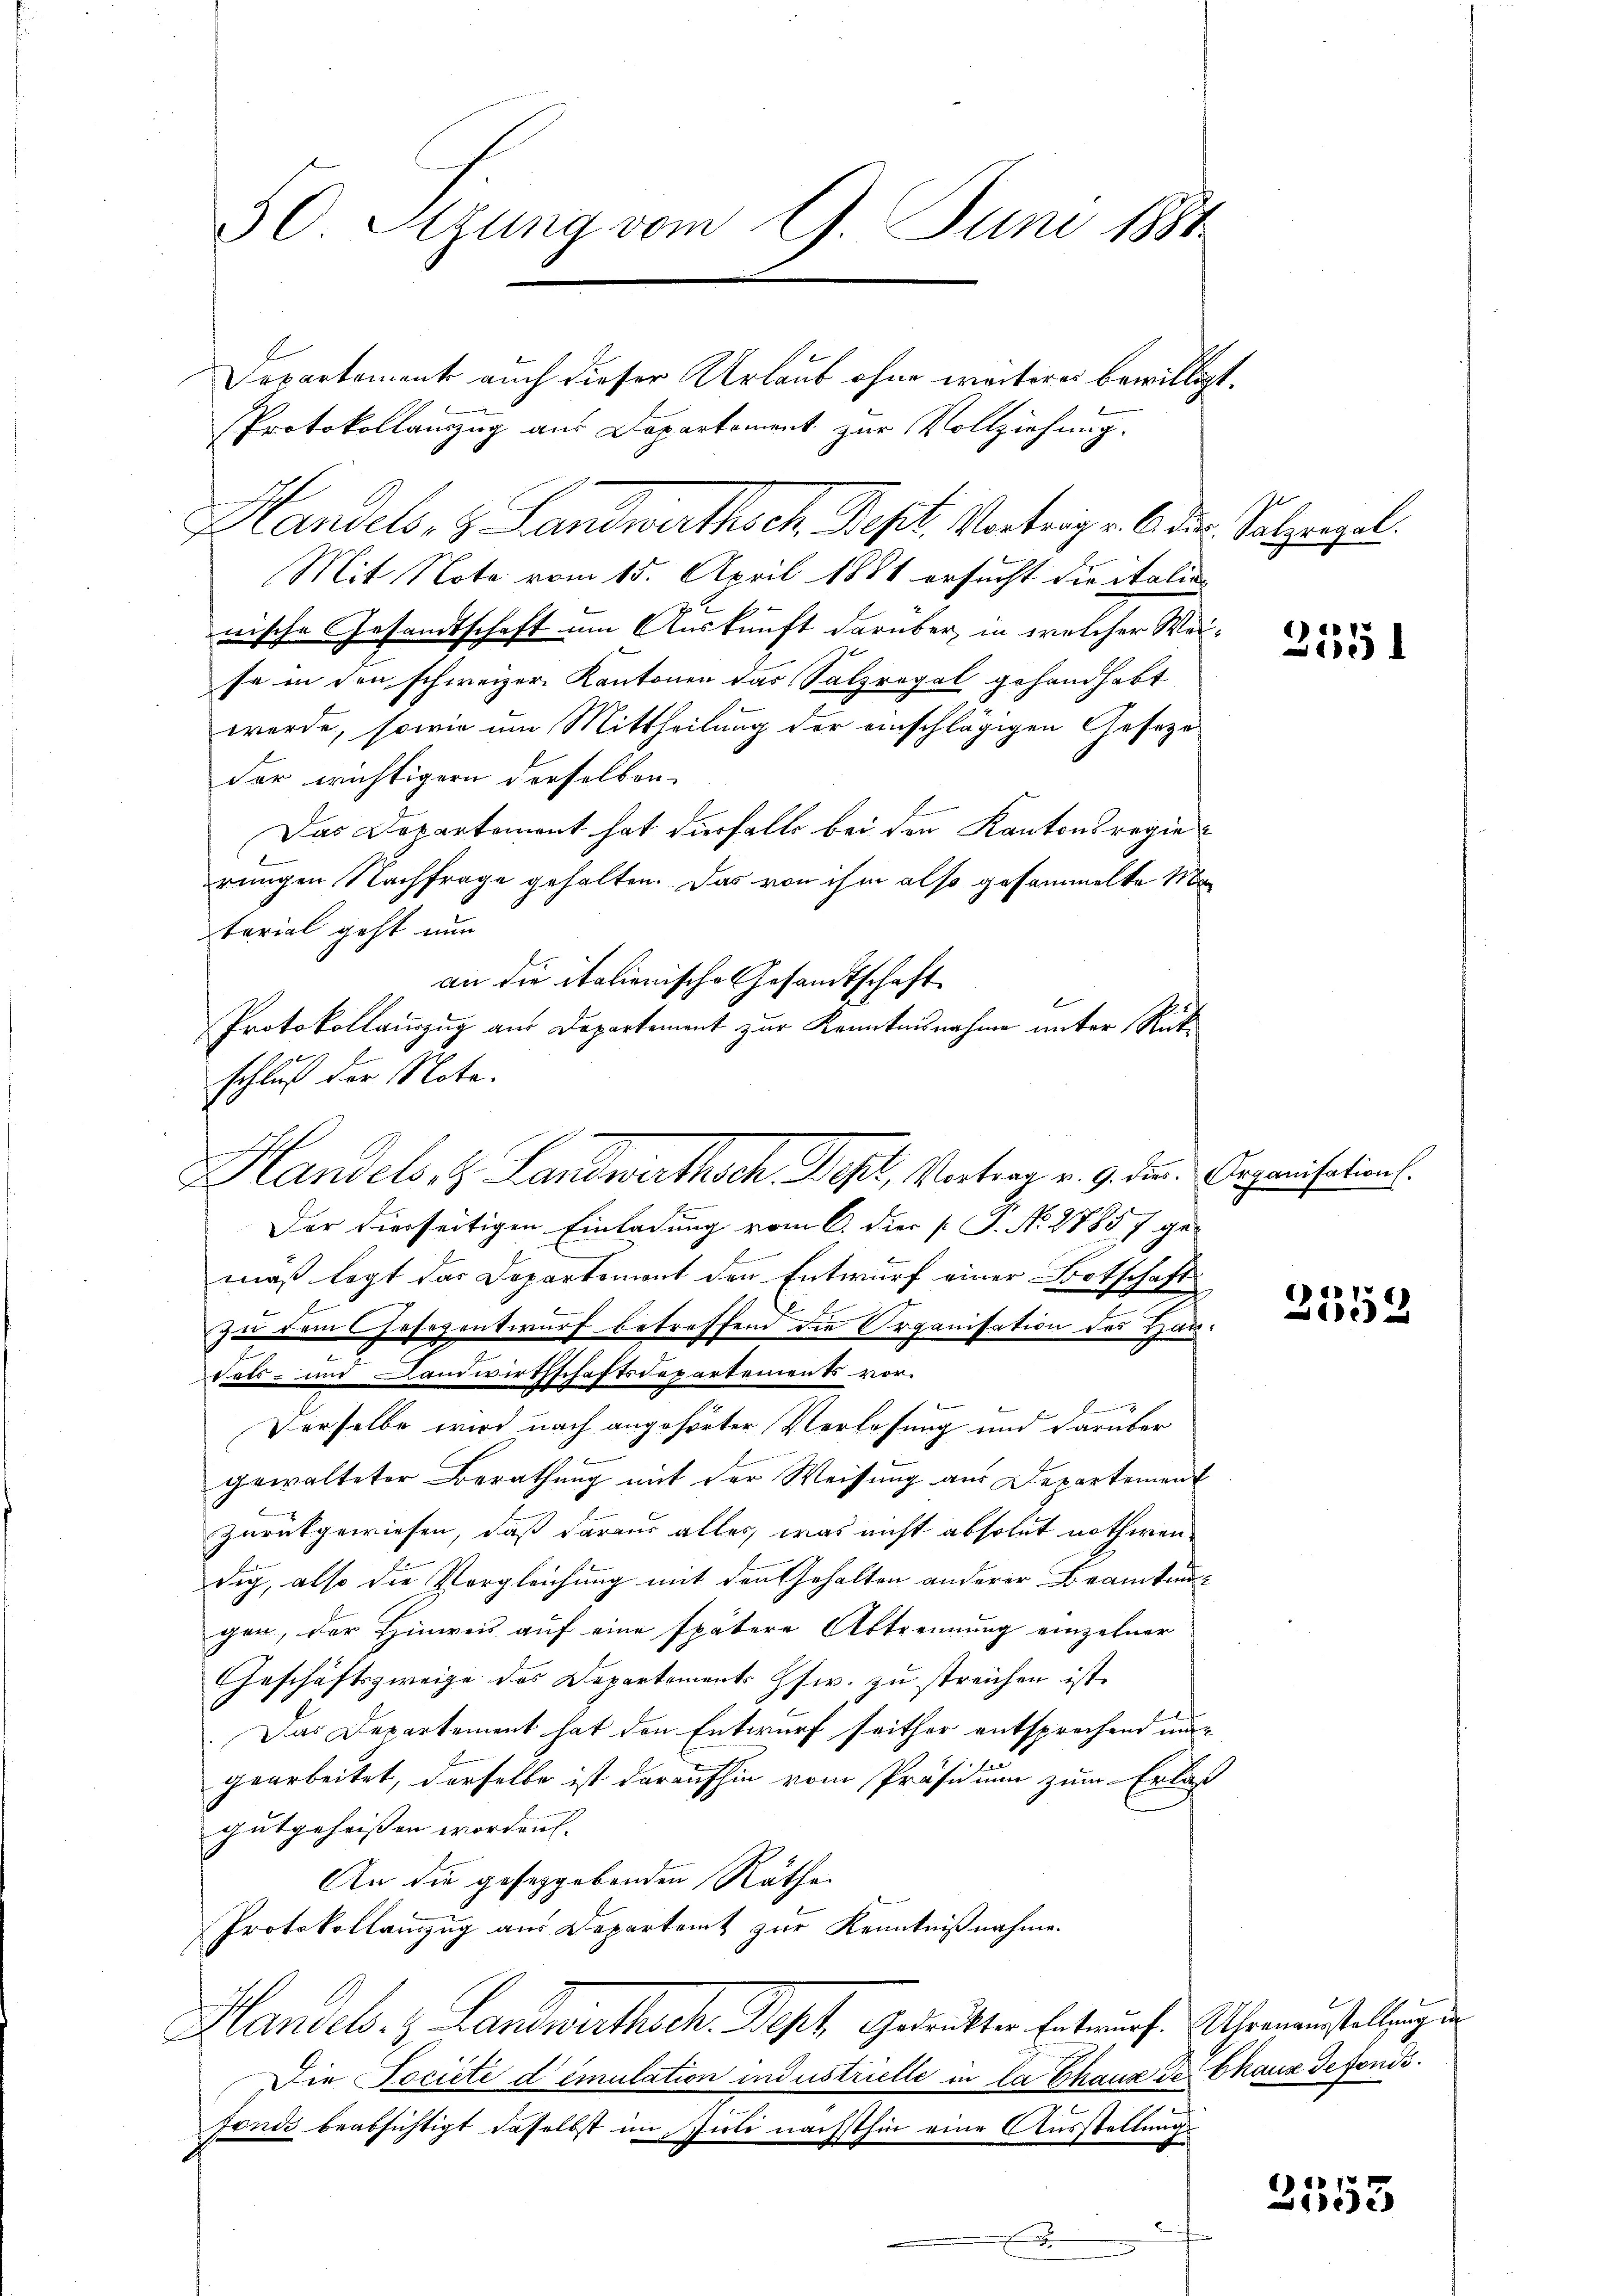
Departement auch dieser Urlaub ohne weiteres bewilligt.
Protokollanzug aus Departement zur Vollziehung.
Handels- & Landwirthsch. Sept. Vortrage der Salzengel.
Mit Note vom 15. April 1881 ersucht die italie
22
nische Gesandtschaft um Auskunft darüber, in welcher Weife in den schweizer Kantonen das Salzregal gehandhabt
werde, sowie um Mittheilung der einschlägigen Geseze
der wichtigern derselben
Das Departement hat diesfalls bei den Kantonsregierungen Nachfrage gehalten. Das von ihm also gesammelte Material geht nun
an die italienische Gesandtschaft
Protokollauszug aus Departement zur Kenntnisnahme unter Rück¬
Der hierseitigen Einladung vom 6. die P. Nr. 2785 7 ge-
mäß legt das Departemont den Entwurf einer Botschaft
zu dem Gesezentwurf betreffend die Organisation des Hauvals- und Landwirthschaftsdepartements vorf
Derselbe wird nach angehörter Verlesung und darüber
k
gewalteter Berathung mit der Weisung aus Departement
zurükgewiesen, daß daraus alles, was nicht absolut nothwendig, also die Vergleichung mit den Gehalten anderer Beamtungen, der Hinweis auf eine spätere Abtrennung einzelner
Geschäftszweige des Departement Hsw. zu streichen ist.
Das Departement hat den Entwurf seither entsprechend nur
gearbeitet, derselbe ist daraufhin vom Präsidium zum Erlaß
gutgeheissen worden. |
An die geseggebenden Räthe
Protokollanzzug aus Departamt zur Kenntnißnahme.
Handels. z. Landwerthoch. Dosef Gedruckter Entwurf Uhreneustellung
Die Pociete dimulation industrielle in la Chaus de Chaus defonds.
fonis beabsichtigt daselbst im Juli nächsthin eine Ausstellungs¬

50 Sizung vom 9. Juni 1884

schluß der Note.
Handels, z. Landwirthsch. Des, Vertrag v. 9. der Organisation.

2551

2352

2553